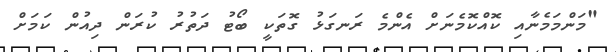
"މަންމަމެނާއި ކޮއްކޮމެނަށް އެންމެ ރަނގަޅު ގޮތަކީ ބޯޓު ދަތުރު ކުރަން ދިއުން ކަމަށް